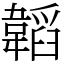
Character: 韜